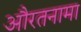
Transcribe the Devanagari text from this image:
औरतनामा